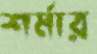
শর্মার